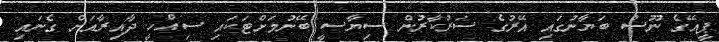
ޕީއޭގެ ނޫސް ބަޔާނުގައި އޭރުގެ ސަރުކާރުން ސިޔާސީ ބޭނުމަށްޓަކައި ސިއްހީ ދާއިރާއަށް ގެނައި